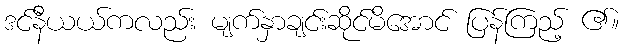
ဒင်နီယယ်ကလည်း မျက်နှာချင်းဆိုင်မိအောင် ပြန်ကြည့် ၏။